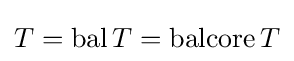
T=\operatorname {bal} T=\operatorname {balcore} T